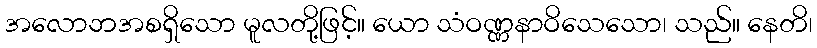
အလောဘအစရှိသော မူလတို့ဖြင့်။ ယော သံဝဏ္ဏနာဝိသေသော၊ သည်။ နေတိ၊